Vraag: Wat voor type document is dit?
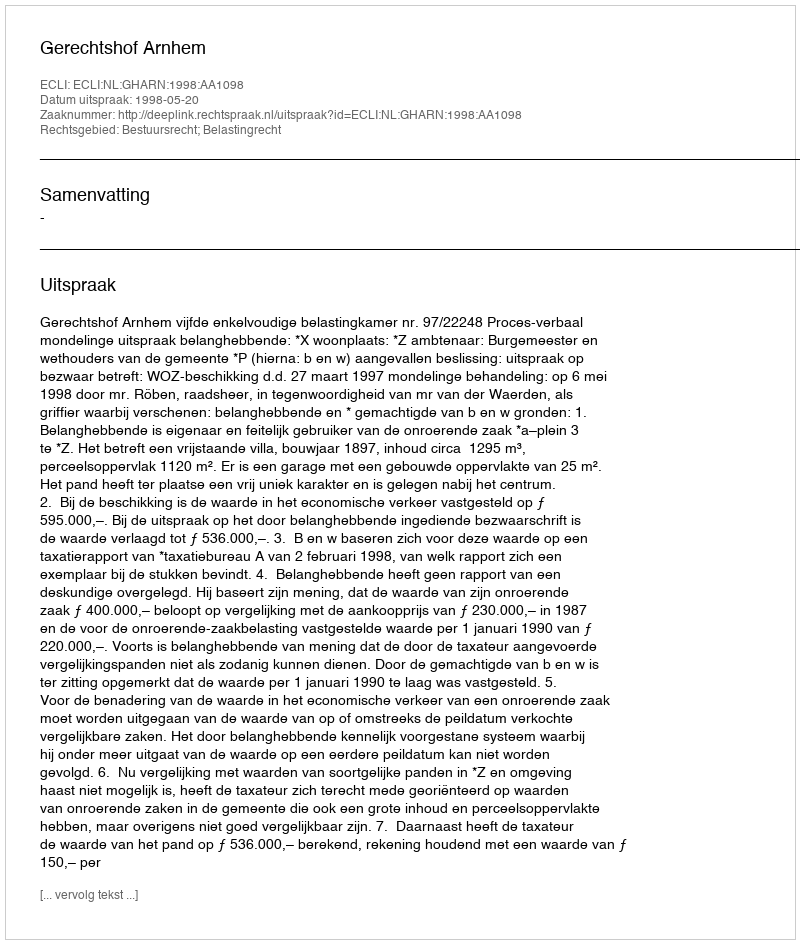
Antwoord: Uitspraak